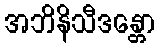
အဘိနိသီဒန္တော